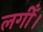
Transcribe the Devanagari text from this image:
लगीँ।